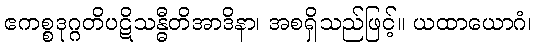
ဧကစ္စဒုဂ္ဂတိပဋိသန္ဓီတိအာဒိနာ၊ အစရှိသည်ဖြင့်။ ယထာယောဂံ၊